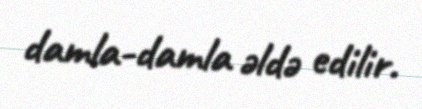
damla-damla əldə edilir.